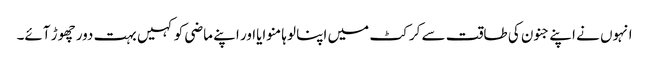
انہوں نے اپنے جنون کی طاقت سے کرکٹ میں اپنا لوہا منوایااور اپنے ماضی کو کہیں بہت دور چھوڑ آئے۔